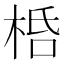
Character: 桰